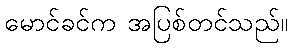
မောင်ခင်က အပြစ်တင်သည်။